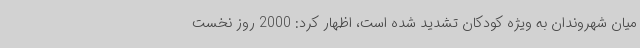
میان شهروندان به ویژه کودکان تشدید شده است، اظهار کرد: 2000 روز نخست